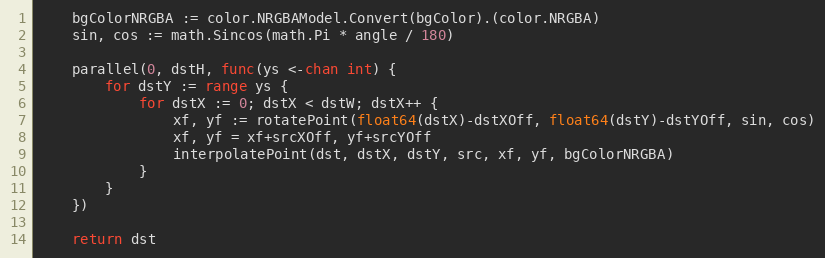
Language: Go
	bgColorNRGBA := color.NRGBAModel.Convert(bgColor).(color.NRGBA)
	sin, cos := math.Sincos(math.Pi * angle / 180)

	parallel(0, dstH, func(ys <-chan int) {
		for dstY := range ys {
			for dstX := 0; dstX < dstW; dstX++ {
				xf, yf := rotatePoint(float64(dstX)-dstXOff, float64(dstY)-dstYOff, sin, cos)
				xf, yf = xf+srcXOff, yf+srcYOff
				interpolatePoint(dst, dstX, dstY, src, xf, yf, bgColorNRGBA)
			}
		}
	})

	return dst